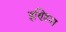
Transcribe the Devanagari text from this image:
इण्ड़िया